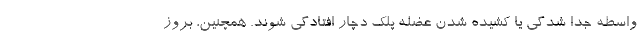
واسطه جدا شدگی یا کشیده شدن عضله پلک دچار افتادگی شوند. همچنین، بروز